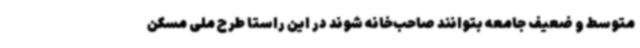
متوسط و ضعیف جامعه بتوانند صاحب‌خانه شوند در این راستا طرح ملی مسکن